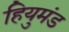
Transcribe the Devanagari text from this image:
हियुमंड